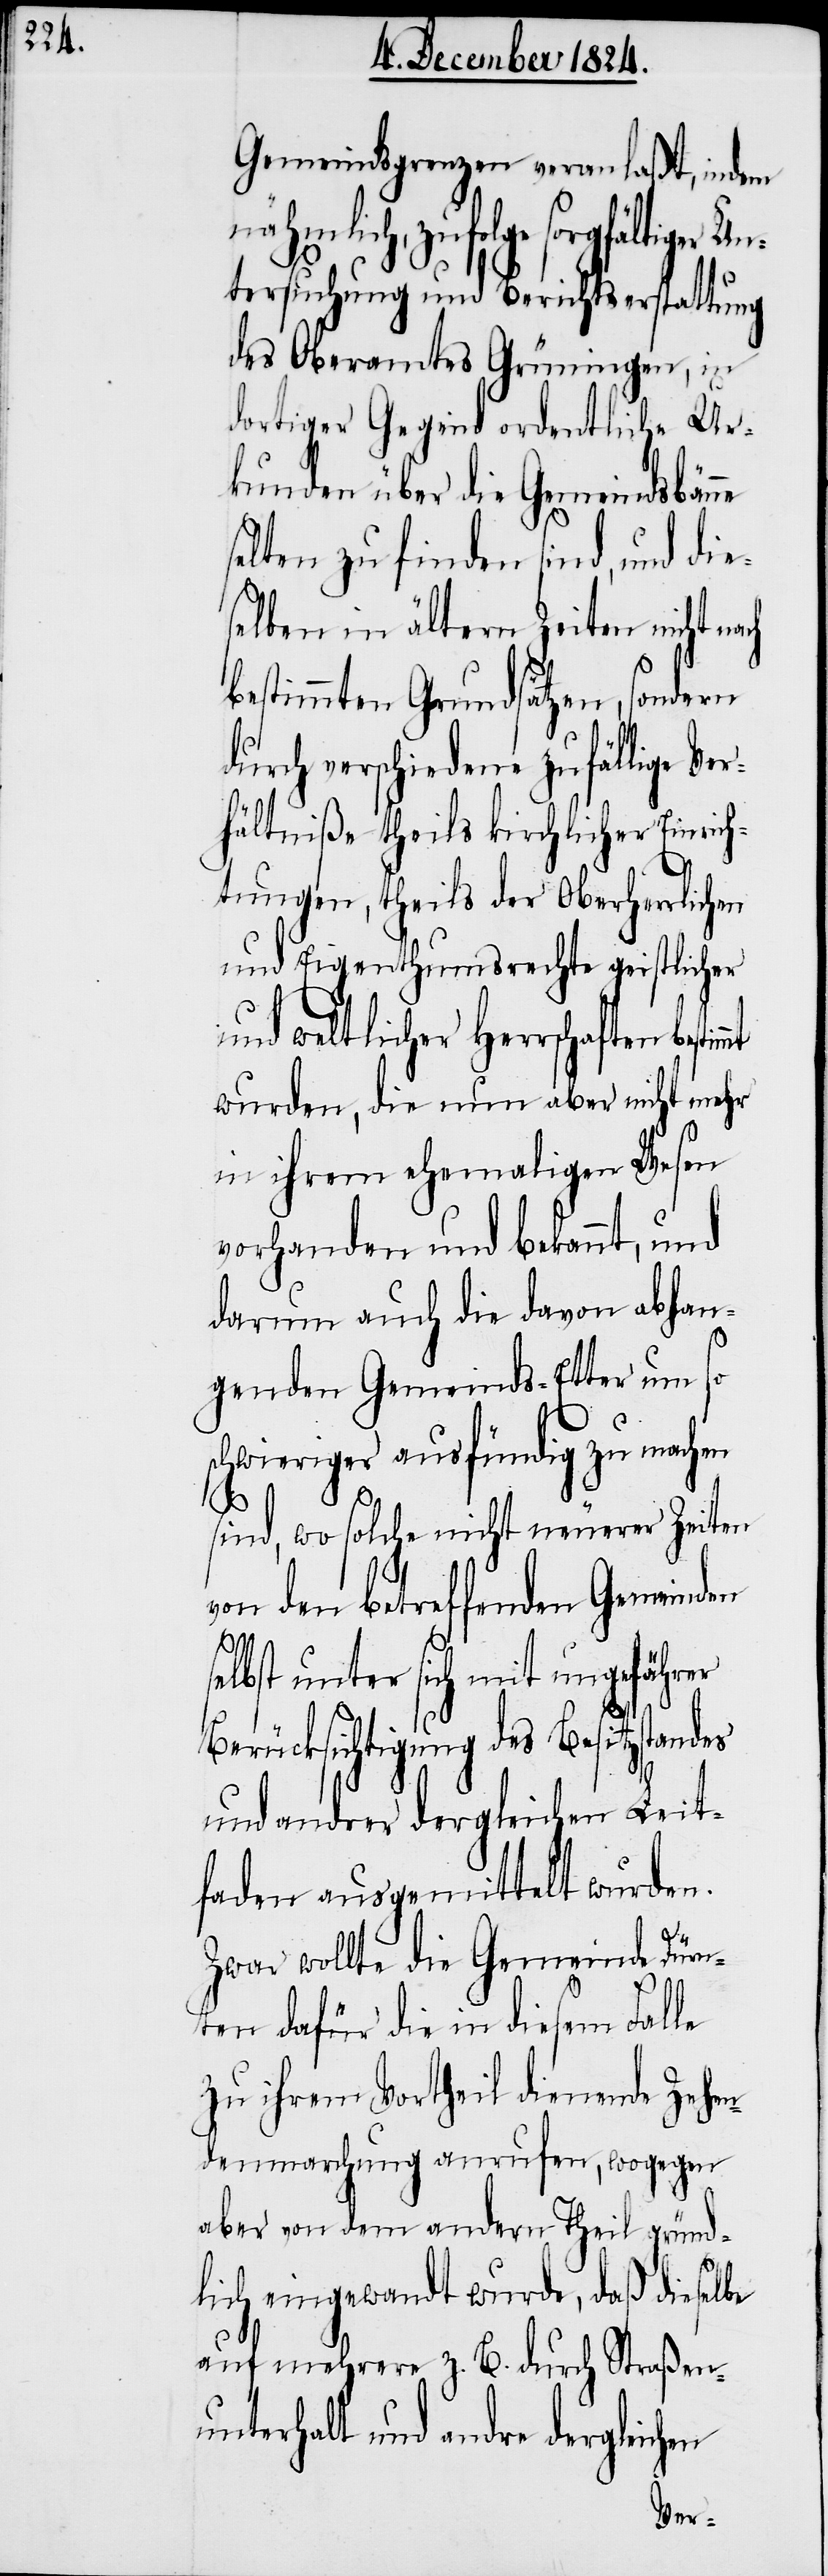
Gemeindsgrenzen veranlaßt, indem
nähmlich, zufolge sorgfältiger
tersuchung und Berichtserstattung
des Oberamtes Grüningen, in
dortiger Gegend ordentliche Ur¬
kunden über die Gemeindsbänne
selten zu finden sind, und die¬
selben in ältern Zeiten nicht
bestimmten Grundsätzen, sondern
durch verschiedene zufällige Ver¬
hältniße theils kirchlicher Einrich¬
tungen, theils der Oberherrlichen
und Eigenthumsrechte geistlicher
und weltlicher Herrschaften
wurden, die nun aber nicht mehr
in ihrem ehemaligen Wesen
vorhanden und bekannt, und
darum auch die davon abhan¬
genden Gemeinds-Etter um so
schwieriger ausfündig zu machen
hen
sind, wo solche nicht neuerer Zeiten
von den betreffenden Gemeinden
lbst unter sich mit ungefährer
Berücksichtigung des Besitzstandes
und andrer dergleichen Leit¬
faden ausgemittelt wurden.
Zwar wollte die Gemeinde Dürn¬
ten dafür die in diesem Falle
zu ihrem Vortheil dienende Zehen¬
denmarchung anrufen, wogegen
aber von dem andern Theil gründ¬
lich eingewandt wurde, daß dieselbe
auf mehrere z. B. durch Straßen¬
unterhalt und andre dergleic¬